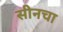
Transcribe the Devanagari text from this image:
सीनचा